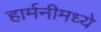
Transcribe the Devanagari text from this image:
हार्मनीमध्ये